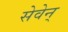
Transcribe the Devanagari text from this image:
सेवेन्